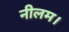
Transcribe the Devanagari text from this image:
नीलम।